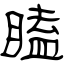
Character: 瞌